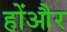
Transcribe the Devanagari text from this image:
होंऔर